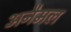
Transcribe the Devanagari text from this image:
अनैमल